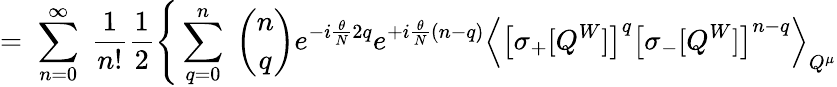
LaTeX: =\; \sum_{n=0}^{\infty}\; \frac{1}{n!}\frac{1}{2}\Bigg\{ \sum_{q=0}^{n}\; {\binom{n}{q}}e^{-i\frac{\theta}{N}2q}e^{+i\frac{\theta}{N}(n-q)}\left\langle\left[\sigma_{+}[Q^{W}]\right]^{q}\left[\sigma_{-}[Q^{W}]\right]^{n-q}\right\rangle_{Q^{\mu}}